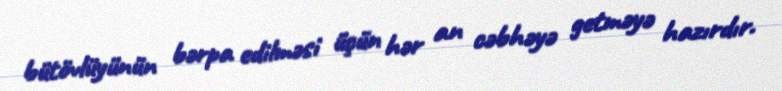
bütövlüyünün bərpa edilməsi üçün hər an cəbhəyə getməyə hazırdır.